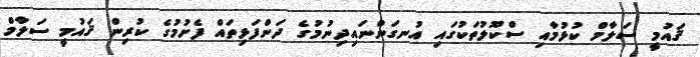
ޤައުމީ ސަލާމް ކުޅުމާއި ސްކޫލުތަކުގައި އުނގަންނައިދިނުމުގެ ދަންފަޅިތައް ފެށުމުގެ ކުރިން ޤައުމީ ސަލާމް